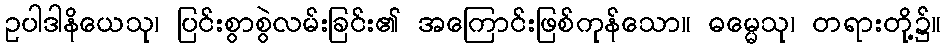
ဥပါဒါနိယေသု၊ ပြင်းစွာစွဲလမ်းခြင်း၏ အကြောင်းဖြစ်ကုန်သော။ ဓမ္မေသု၊ တရားတို့၌။